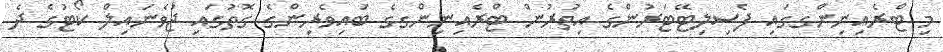
މި ޓްރެއިނިންގގައި ފެސިލިޓޭޓަރުންގެ އިތުރުން ޓްރެއިނިންގގެ ބައިވެރިންގެ ގޮތުގައި ޖުވެނައިލް ކޯޓުގެ ދެ